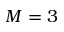
M = 3